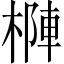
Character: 𣗑